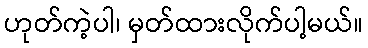
ဟုတ်ကဲ့ပါ၊ မှတ်ထားလိုက်ပါ့မယ်။